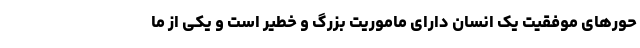
حور‌های موفقیت یک انسان دارای ماموریت بزرگ و خطیر است و یکی از ما